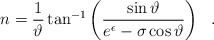
\begin{align*}n=\frac{1}{\vartheta} \tan^{-1} \left ( \frac{\sin\vartheta}{e^\epsilon-\sigma\cos\vartheta} \right ) \ \ .\end{align*}